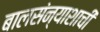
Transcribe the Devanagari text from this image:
बालसंन्याशाची